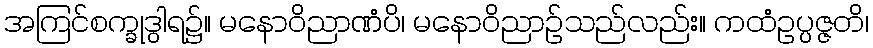
အကြင်စက္ခုဒွါရ၌။ မနောဝိညာဏံပိ၊ မနောဝိညာဉ်သည်လည်း။ ကထံဥပ္ပဇ္ဇတိ၊